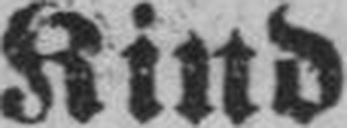
Kind